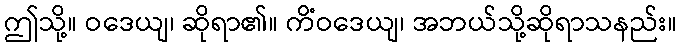
ဤသို့။ ဝဒေယျ၊ ဆိုရာ၏။ ကိံဝဒေယျ၊ အဘယ်သို့ဆိုရာသနည်း။